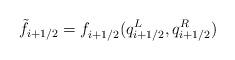
LaTeX: \begin{align*}\tilde{f}_{i+1/2}=f_{i+1/2}^{}(q_{i+1/2}^{L},q_{i+1/2}^{R})\end{align*}